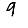
Digit: 9